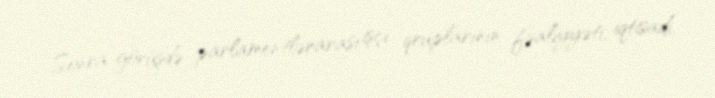
Sonra görüşdə parlamentlərarası işçi qruplarının fəaliyyəti, iqtisadi,